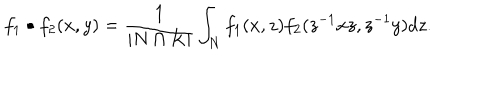
f _ { 1 } \bullet f _ { 2 } ( x , y ) = \frac { 1 } { | N \cap K | } \int _ { N } f _ { 1 } ( x , z ) f _ { 2 } ( z ^ { - 1 } x z , z ^ { - 1 } y ) d z .